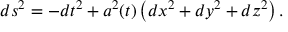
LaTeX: d s ^ { 2 } = - d t ^ { 2 } + a ^ { 2 } ( t ) \left( d x ^ { 2 } + d y ^ { 2 } + d z ^ { 2 } \right) .